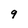
Character: 9